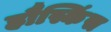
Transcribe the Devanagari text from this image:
हौस्किंस